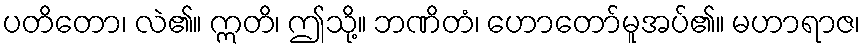
ပတိတော၊ လဲ၏။ ဣတိ၊ ဤသို့။ ဘဏိတံ၊ ဟောတော်မူအပ်၏။ မဟာရာဇ၊